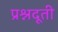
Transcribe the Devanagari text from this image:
प्रश्नदूती